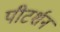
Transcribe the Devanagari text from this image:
पीटर्शन